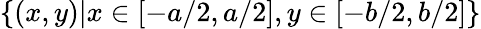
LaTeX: \left\lbrace(x,y)|x\in[-{a}/{2},{a}/{2}],y\in[-{b}/{2},{b}/{2}]\right\rbrace